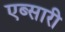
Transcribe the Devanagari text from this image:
एब्सारी